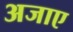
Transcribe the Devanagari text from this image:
अजाए